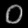
Digit: ၀